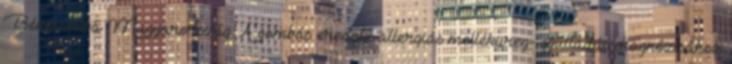
Békéscsaba Magyarország. A gombás eredetű allergiás melléküreg- gyulladás diagnózisához